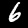
Digit: 6